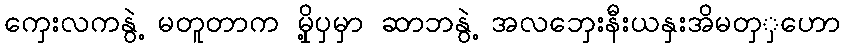
ကှေးလကနွဲ့ မတူတာက မှို့ပှမှာ ဆာဘနွဲ့ အလဘှေးနီးယနှးအိမတှှဟော